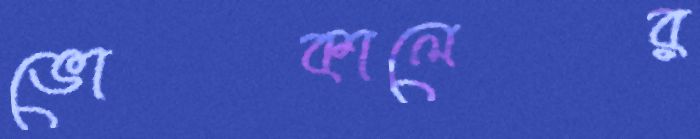
ভোকালের